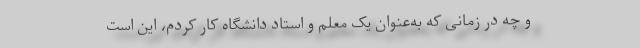
و چه در زمانی که به‌عنوان یک معلم و استاد دانشگاه کار کردم، این است